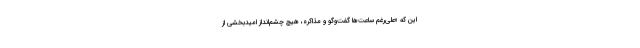
این که «علی‌رغم ساعت‌ها گفت‌وگو و مذاکره، هیچ چشم‌انداز امیدبخشی از